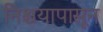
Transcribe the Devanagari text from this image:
निश्चयापासून